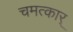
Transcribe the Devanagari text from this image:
चमत्कार्